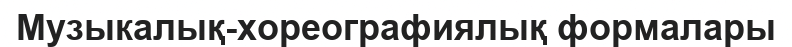
Музыкалық-хореографиялық формалары